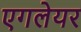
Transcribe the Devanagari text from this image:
एगलेयर